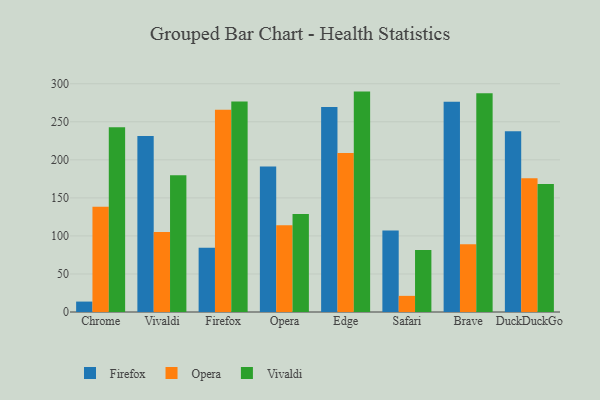
{"axis": {"x": "Browser", "y": "Tickets Resolved"}, "legend": ["Firefox", "Opera", "Vivaldi"], "data": [{"x": "Chrome", "y": 13.7, "type": "Firefox"}, {"x": "Chrome", "y": 138.3, "type": "Opera"}, {"x": "Chrome", "y": 242.8, "type": "Vivaldi"}, {"x": "Vivaldi", "y": 231.5, "type": "Firefox"}, {"x": "Vivaldi", "y": 105.1, "type": "Opera"}, {"x": "Vivaldi", "y": 179.6, "type": "Vivaldi"}, {"x": "Firefox", "y": 84.3, "type": "Firefox"}, {"x": "Firefox", "y": 265.8, "type": "Opera"}, {"x": "Firefox", "y": 276.7, "type": "Vivaldi"}, {"x": "Opera", "y": 191.4, "type": "Firefox"}, {"x": "Opera", "y": 114.1, "type": "Opera"}, {"x": "Opera", "y": 128.7, "type": "Vivaldi"}, {"x": "Edge", "y": 269.3, "type": "Firefox"}, {"x": "Edge", "y": 209.1, "type": "Opera"}, {"x": "Edge", "y": 289.7, "type": "Vivaldi"}, {"x": "Safari", "y": 107.0, "type": "Firefox"}, {"x": "Safari", "y": 21.2, "type": "Opera"}, {"x": "Safari", "y": 81.6, "type": "Vivaldi"}, {"x": "Brave", "y": 276.4, "type": "Firefox"}, {"x": "Brave", "y": 89.1, "type": "Opera"}, {"x": "Brave", "y": 287.4, "type": "Vivaldi"}, {"x": "DuckDuckGo", "y": 237.6, "type": "Firefox"}, {"x": "DuckDuckGo", "y": 175.8, "type": "Opera"}, {"x": "DuckDuckGo", "y": 168.4, "type": "Vivaldi"}]}